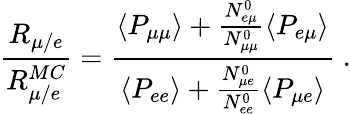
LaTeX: \frac{R_{\mu/e}}{R_{\mu/e}^{MC}}=\frac{\langle P_{\mu\mu}\rangle+\frac{N_{e\mu}^{0}}{N_{\mu\mu}^{0}}\langle P_{e\mu}\rangle}{\langle P_{ee}\rangle+\frac{N_{\mu e}^{0}}{N_{ee}^{0}}\langle P_{\mu e}\rangle}\; .